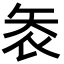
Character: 𭿾